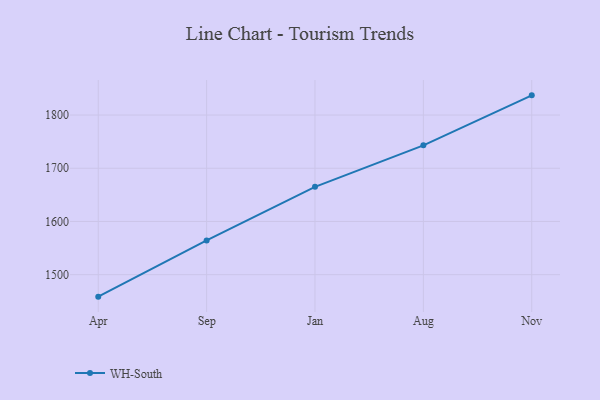
{"axis": {"x": "Month", "y": "Active Users"}, "legend": ["WH-South"], "data": [{"x": "Apr", "y": 1458.7, "type": "WH-South"}, {"x": "Sep", "y": 1564.3, "type": "WH-South"}, {"x": "Jan", "y": 1665.0, "type": "WH-South"}, {"x": "Aug", "y": 1743.1, "type": "WH-South"}, {"x": "Nov", "y": 1837.0, "type": "WH-South"}]}